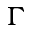
\Gamma